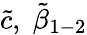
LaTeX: \tilde{c},\; \tilde{\beta}_{1-2}